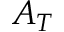
A _ { T }